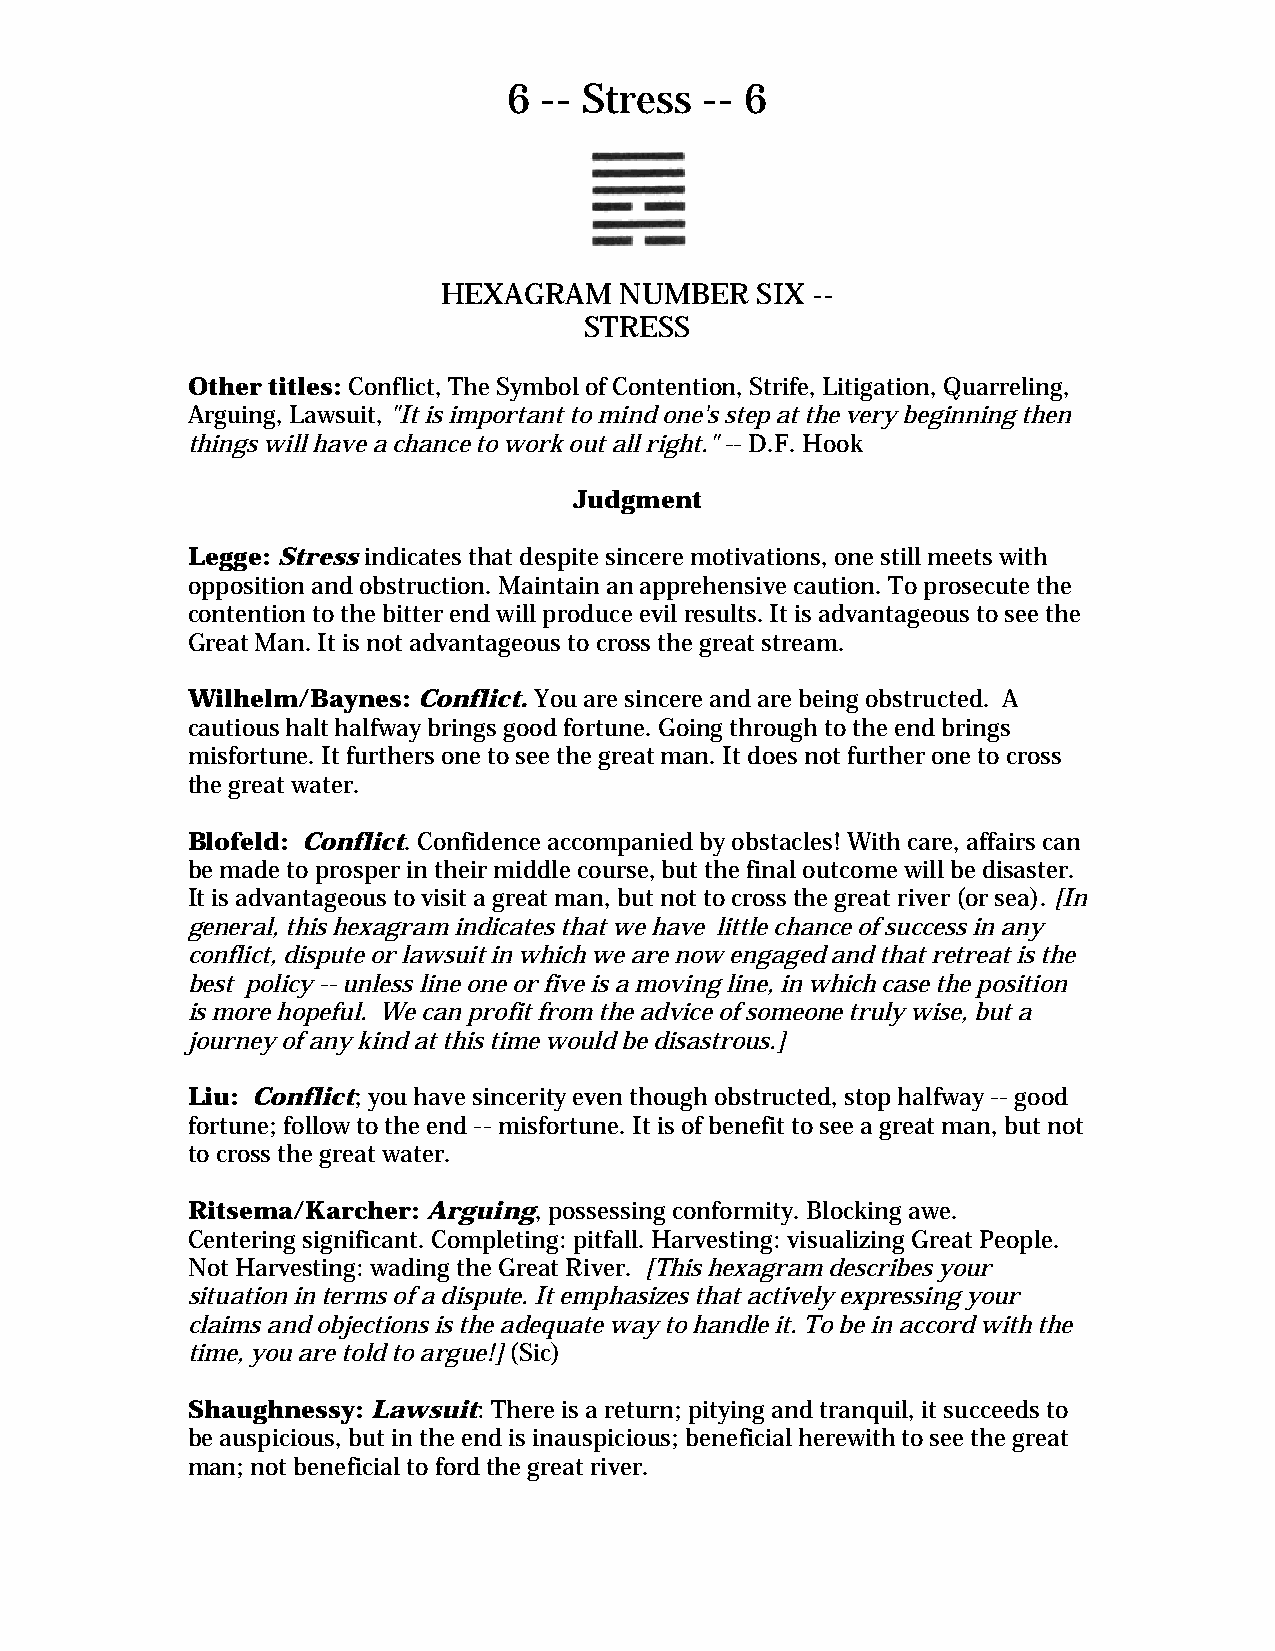
6 -- Stress  -- 6
 HEXAGRAM    NUMBER   SIX --
 STRESS
 Other titles: Conflict, The Symbol of Contention, Strife, Litigation, Quarreling,
 Arguing, Lawsuit, "It is important to mind one's step at the very beginning then
 things will have a chance to work out all right." -- D.F. Hook
 Judgment
 Legge: Stress indicates that despite sincere motivations, one still meets with
 opposition and obstruction. Maintain an apprehensive caution. To prosecute the
 contention to the bitter end will produce evil results. It is advantageous to see the
 Great Man. It is not advantageous to cross the great stream.
 Wilhelm/Baynes: Conflict. You are sincere and are being obstructed. A
 cautious halt halfway brings good fortune. Going through to the end brings
 misfortune. It furthers one to see the great man. It does not further one to cross
 the great water.
 Blofeld: Conflict. Confidence accompanied by obstacles! With care, affairs can
 be made to prosper in their middle course, but the final outcome will be disaster.
 It is advantageous to visit a great man, but not to cross the great river (or sea). [In
 general, this hexagram indicates that we have little chance of success in any
 conflict, dispute or lawsuit in which we are now engaged and that retreat is the
 best policy -- unless line one or five is a moving line, in which case the position
 is more hopeful. We can profit from the advice of someone truly wise, but a
 journey of any kind at this time would be disastrous.]
 Liu: Conflict; you have sincerity even though obstructed, stop halfway -- good
 fortune; follow to the end -- misfortune. It is of benefit to see a great man, but not
 to cross the great water.
 Ritsema/Karcher: Arguing, possessing conformity. Blocking awe.
 Centering significant. Completing: pitfall. Harvesting: visualizing Great People.
 Not Harvesting: wading the Great River. [This hexagram describes your
 situation in terms of a dispute. It emphasizes that actively expressing your
 claims and objections is the adequate way to handle it. To be in accord with the
 time, you are told to argue!] (Sic)
 Shaughnessy: Lawsuit: There is a return; pitying and tranquil, it succeeds to
 be auspicious, but in the end is inauspicious; beneficial herewith to see the great
 man; not beneficial to ford the great river.